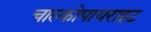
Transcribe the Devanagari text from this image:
चाल्कोपायराइट